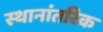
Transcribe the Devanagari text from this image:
स्थानांतरिक